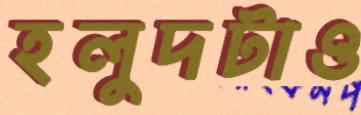
হলুদটাও